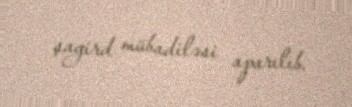
şagird mübadiləsi aparılıb.